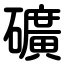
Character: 礦